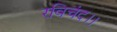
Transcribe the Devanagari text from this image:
रविचंद।।